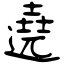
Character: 遶